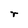
Character: r